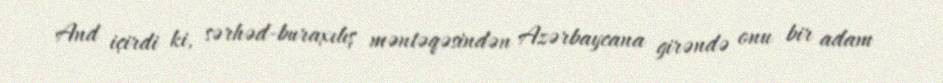
And içirdi ki, sərhəd-buraxılış məntəqəsindən Azərbaycana girəndə onu bir adam